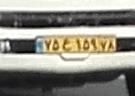
۷۵ع۱۵۹۷۸